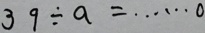
3 9 \div a = \cdots 0